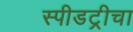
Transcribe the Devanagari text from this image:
स्पीडट्रीचा